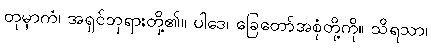
တုမှာကံ၊ အရှင်ဘုရားတို့၏။ ပါဒေ၊ ခြေတော်အစုံတို့ကို။ သိရသာ၊